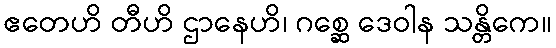
ဧတေဟိ တီဟိ ဌာနေဟိ၊ ဂစ္ဆေ ဒေဝါန သန္တိကေ။